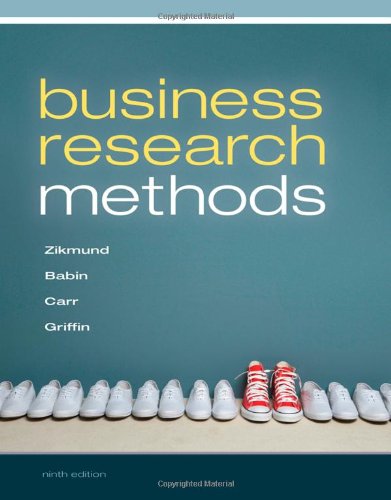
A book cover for Business Research Methods (with Qualtrics Printed Access Card); William G. Zikmund; Business & Money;